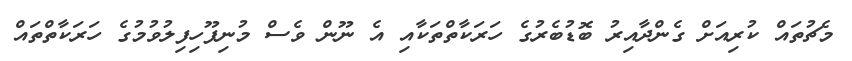
މެޗުތައް ކުރިއަށް ގެންދާއިރު ބޮޑުބެރުގެ ހަރަކާތްތަކާއި އެ ނޫން ވެސް މުނިފޫހިފިލުވުމުގެ ހަރަކާތްތައް